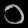
Digit: ၁